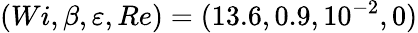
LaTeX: (Wi,\beta,\varepsilon,Re)=(13.6,0.9,10^{-2},0)